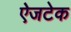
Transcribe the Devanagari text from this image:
ऐजटेक